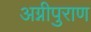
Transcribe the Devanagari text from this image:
अग्नीपुराण